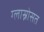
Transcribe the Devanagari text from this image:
ग्लास्नोसत